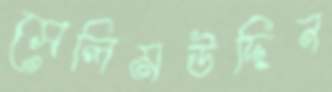
সেলিমউদ্দিন